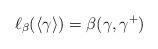
LaTeX: \begin{align*} \ell_\beta(\langle \gamma\rangle)=\beta(\gamma,\gamma^+)\end{align*}